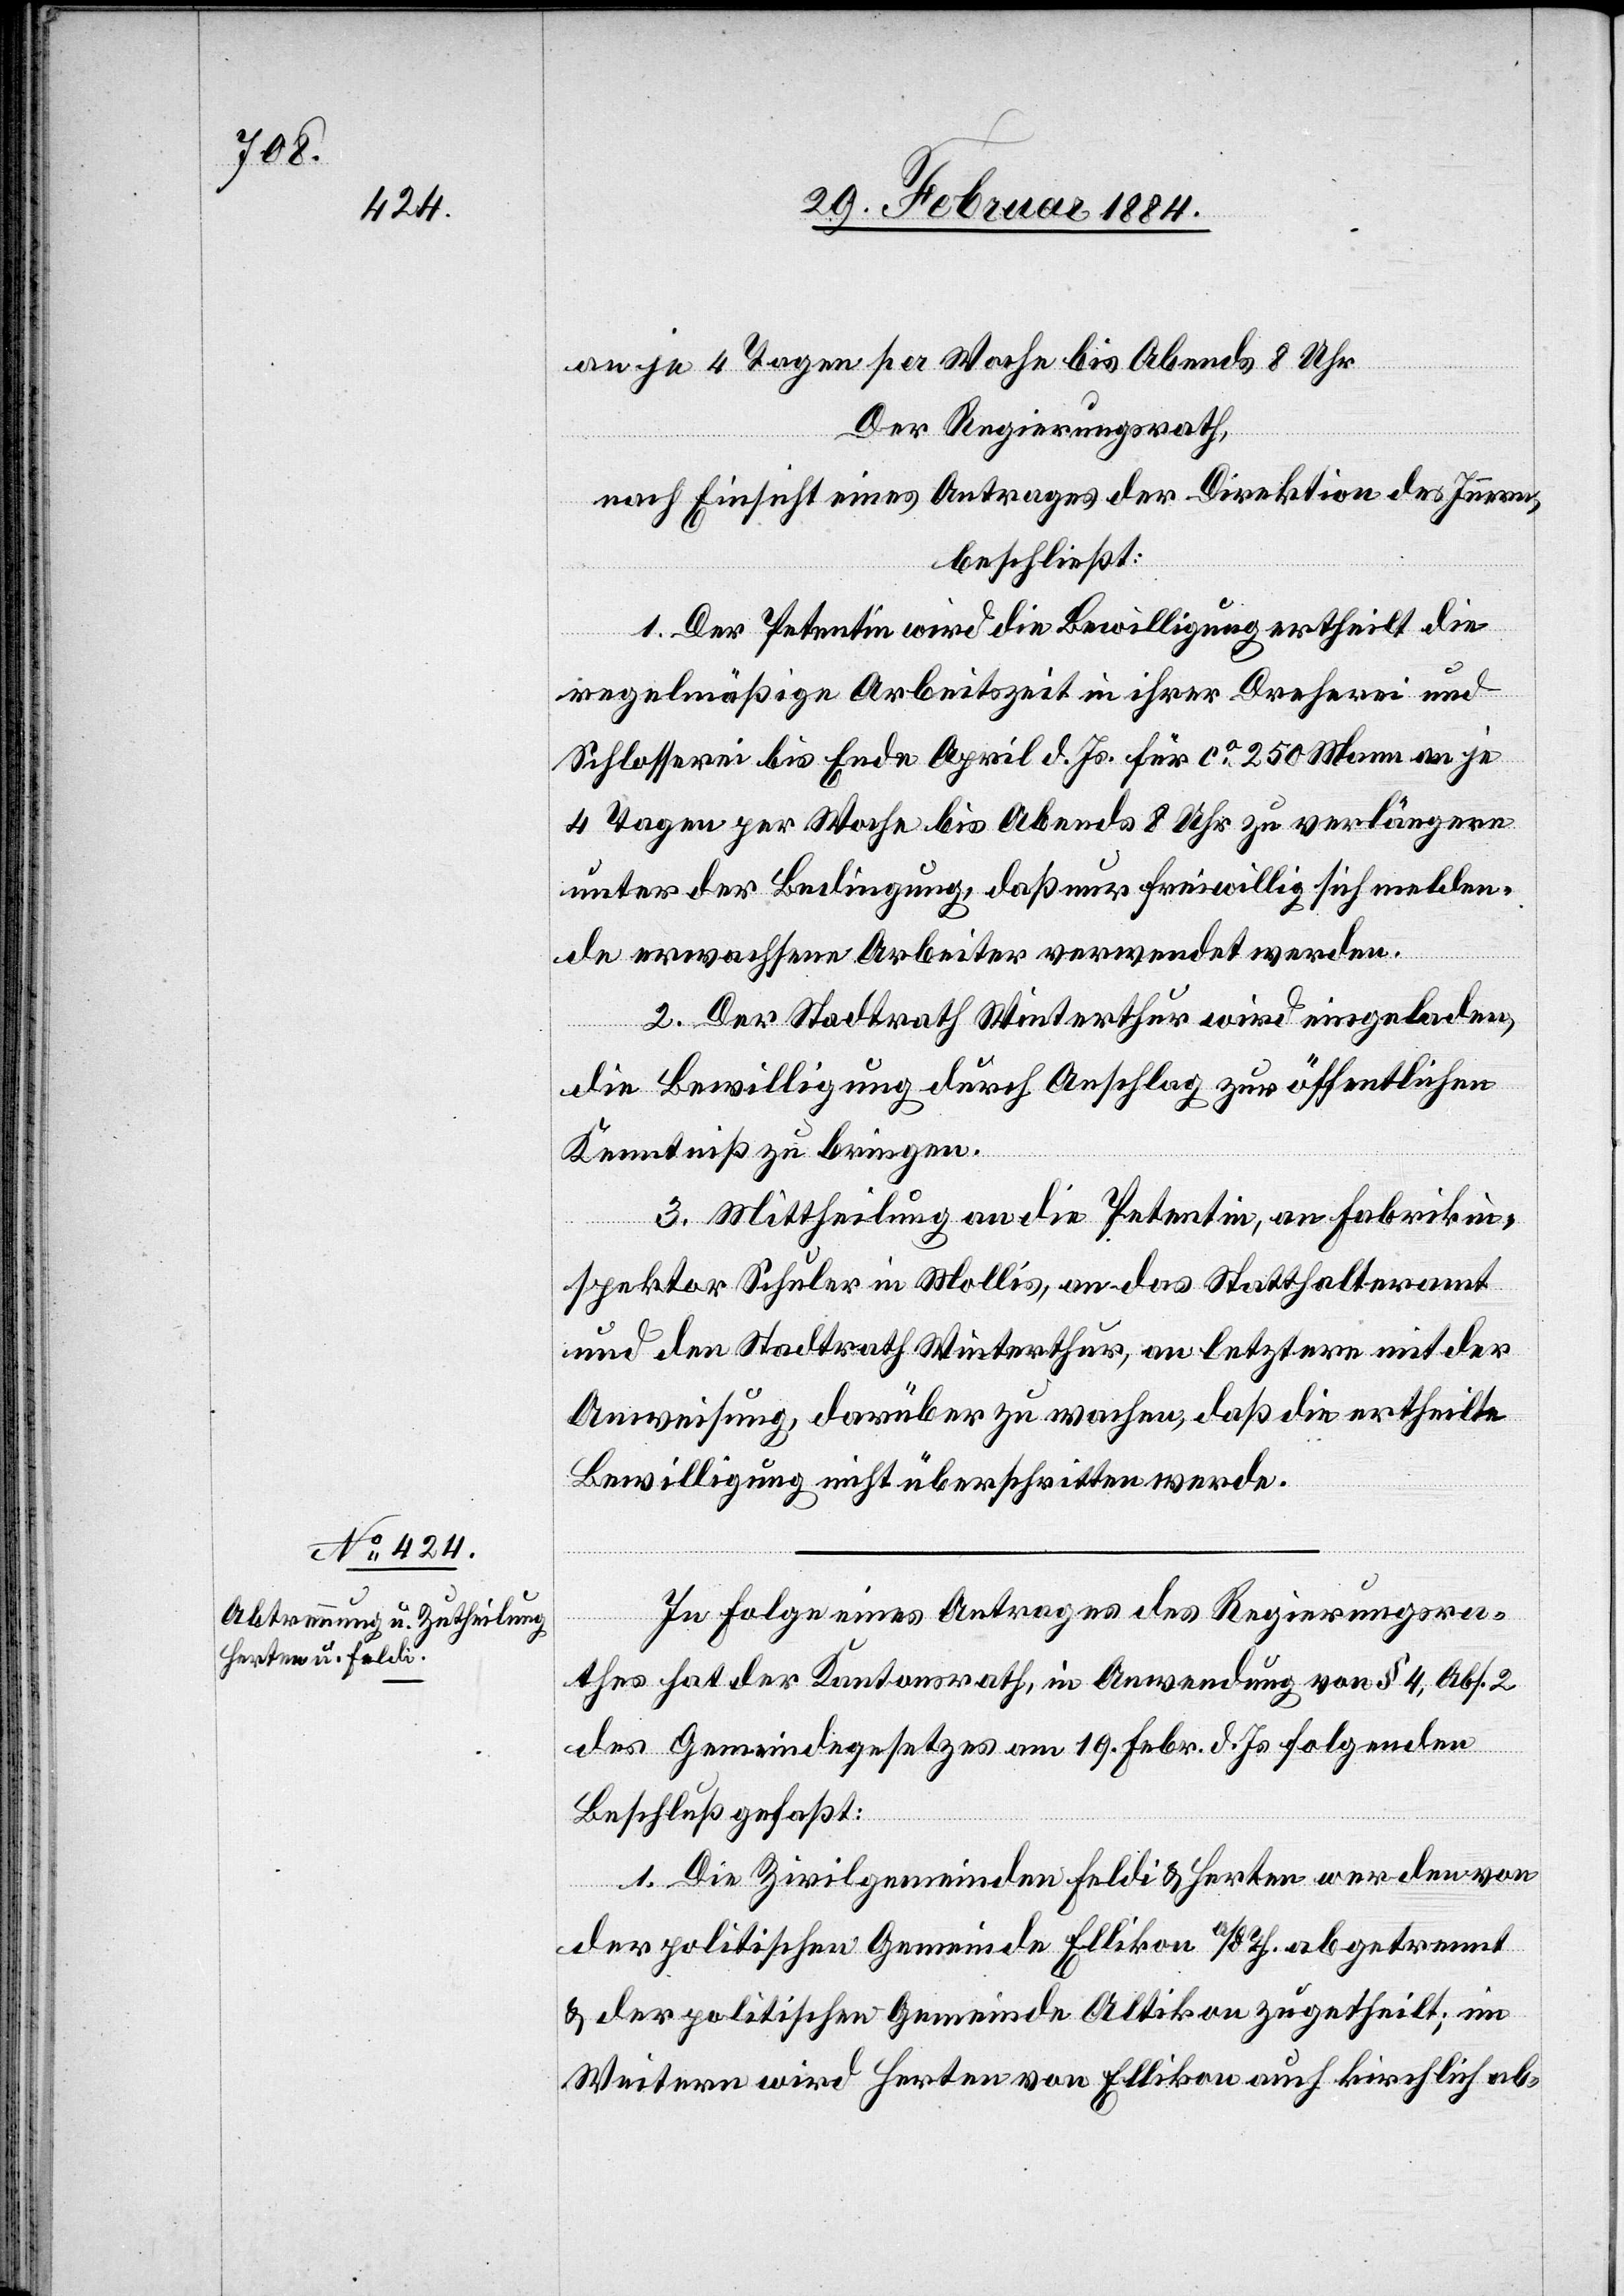
an je 4 Tagen per Woche bis Abends 8 Uhr.
Der Regierungsrath,
nach Einsicht eines Antrages der Direktion des Innern,
beschließt:
1. Der Petentin wird die Bewilligung ertheilt die
regelmäßige Arbeitszeit in ihrer Dreherei und
Schlosserei bis Ende April d. Js. für ca 250 Mann an je
4 Tagen per Woche bis Abends 8 Uhr zu verlängern
unter der Bedingung, daß nur freiwillig sich melden¬
de erwachsene Arbeiter verwendet werden.
2. Der Stadtrath Winterthur wird eingeladen,
die Bewilligung durch Anschlag zur öffentlichen
Kenntniß zu bringen.
3. Mittheilung an die Petentin, an Fabrikin¬
spektor Schuler in Mollis, an das Statthalteramt
und den Stadtrath Winterthur, an letztere mit der
Anweisung, darüber zu wachen, daß die ertheilte
Bewilligung nicht überschritten werde.
In Folge eines Antrages des Regierungsra¬
thes hat der Kantonsrath, in Anwendung von § 4, Abs. 2
des Gemeindegesetzes am 19. Febr. d. Js. folgenden
Beschluß gefaßt:
1. Die Zivilgemeinden Feldi & Herten werden von
der politischen Gemeinde Ellikon a./d. Th. abgetrennt
& der politischen Gemeinde Altikon zugetheilt; im
Weitern wird Herten von Ellikon auch kirchlich ab-